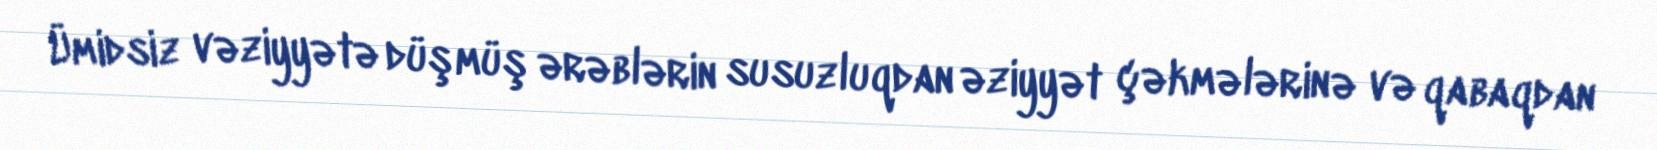
Ümidsiz vəziyyətə düşmüş ərəblərin susuzluqdan əziyyət çəkmələrinə və qabaqdan